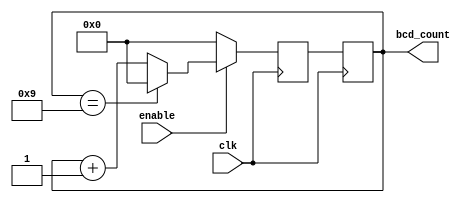
module BCD_Up_Counter_with_Enable (
    input wire clk,
    input wire enable,
    output reg [3:0] bcd_count
);

reg [3:0] bcd_count_next;

always @(posedge clk) begin
    if (enable) begin
        // Increment count by one on each clock cycle
        if (bcd_count == 4'b1001) begin
            bcd_count_next <= 4'b0000;
        end else begin
            bcd_count_next <= bcd_count + 1;
        end
    end else begin
        // Reset count to all zeros when enable signal is low
        bcd_count_next <= 4'b0000;
    end
end

always @(posedge clk) begin
    bcd_count <= bcd_count_next;
end

endmodule